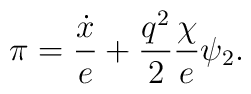
\pi= { \dot x \over e} + {q^2 \over 2} { \chi \over e} \psi_2.